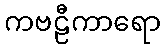
ကဗဠီကာရော